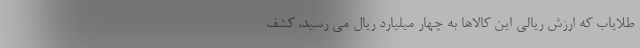
طلایاب که ارزش ریالی این کالاها به چهار میلیارد ریال می رسید، کشف